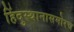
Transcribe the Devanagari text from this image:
हिंदुस्थानासमोरच